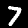
Digit: 7